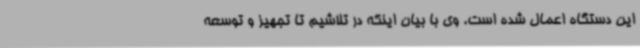
این دستگاه اعمال شده است. وی با بیان اینکه در تلاشیم تا تجهیز و توسعه